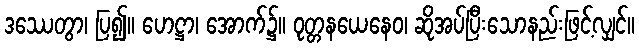
ဒဿေတွာ၊ ပြ၍။ ဟေဋ္ဌာ၊ အောက်၌။ ဝုတ္တနယေနေဝ၊ ဆိုအပ်ပြီးသောနည်းဖြင့်လျှင်။